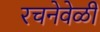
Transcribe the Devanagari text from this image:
रचनेवेळी